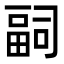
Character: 𭻢